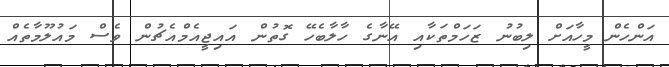
އަންހެން މީހާއަށް ލިބުނު ޒަހަމްތަކާއި އޭނާގެ ހާލާބެހޭ ގޮތުން އައިޖީއެމްއެޗުން ވެސް މައުލޫމާތެއް